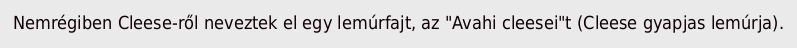
Nemrégiben Cleese-ről neveztek el egy lemúrfajt, az "Avahi cleesei"t (Cleese gyapjas lemúrja).